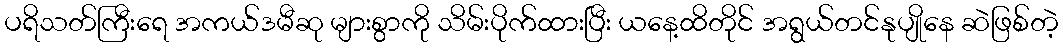
ပရိသတ်ကြီးရေ အကယ်ဒမီဆု များစွာကို သိမ်းပိုက်ထားပြီး ယနေ့ထိတိုင် အရွယ်တင်နုပျိုနေ ဆဲဖြစ်တဲ့